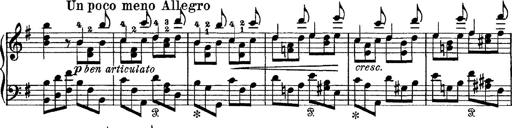
Title: Tarantelle di bravura dâ€™aprÃ¨s la tarantelle de La muette de Portici
Composer: Franz Liszt